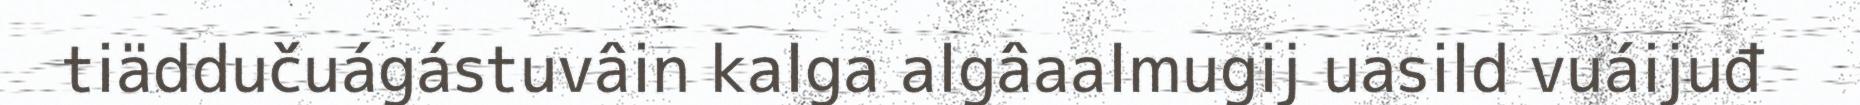
tiäddučuágástuvâin kalga algâaalmugij uasild vuáijuđ